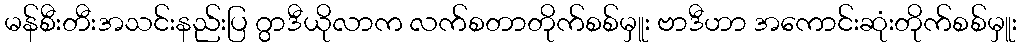
မန်စီးတီးအသင်းနည်းပြ ဂွာဒီယိုလာက လက်စတာတိုက်စစ်မှူး ဗာဒီဟာ အကောင်းဆုံးတိုက်စစ်မှူး